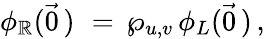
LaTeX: \phi_{\mathbb{R}}(\vec{{0}}\, )\, \, =\, \wp_{u,v}\, \phi_{L}(\vec{{0}}\, )\, ,